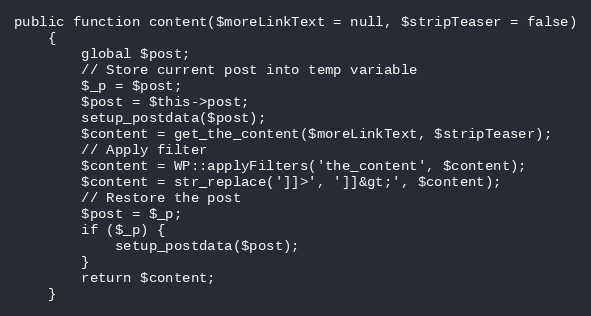
Language: PHP
public function content($moreLinkText = null, $stripTeaser = false)
    {
        global $post;
        // Store current post into temp variable
        $_p = $post;
        $post = $this->post;
        setup_postdata($post);
        $content = get_the_content($moreLinkText, $stripTeaser);
        // Apply filter
        $content = WP::applyFilters('the_content', $content);
        $content = str_replace(']]>', ']]&gt;', $content);
        // Restore the post
        $post = $_p;
        if ($_p) {
            setup_postdata($post);
        }
        return $content;
    }